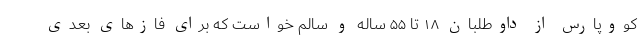
کووپارس از داوطلبان ۱۸ تا ۵۵ ساله و سالم خواست که برای فازهای بعدی